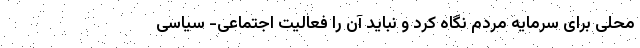
محلی برای سرمایه مردم نگاه کرد و نباید آن را فعالیت اجتماعی- سیاسی